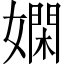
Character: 嫻